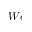
W e